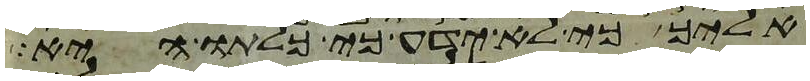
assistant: אליך כי לא ידע כי כלתו היא